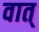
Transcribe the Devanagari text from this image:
वात्